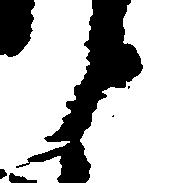
候